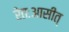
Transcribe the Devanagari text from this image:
रेतःआसीत्